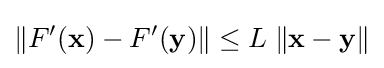
\|F'(\mathbf {x} )-F'(\mathbf {y} )\|\leq L\;\|\mathbf {x} -\mathbf {y} \|